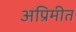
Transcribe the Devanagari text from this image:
अप्रिमीत